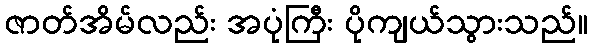
ဇာတ်အိမ်လည်း အပုံကြီး ပိုကျယ်သွားသည်။